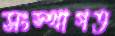
সংস্থাগত